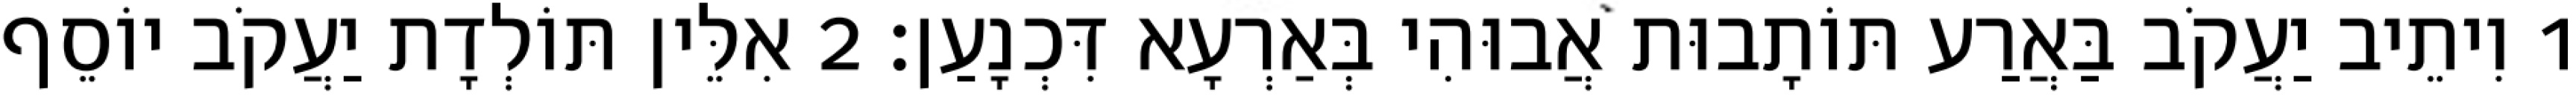
1 וִיתֵיב יַעֲקֹב בַּאֲרַע תּוֹתָבוּת אֲבוּהִי בְּאַרְעָא דִּכְנָעַן׃ 2 אִלֵּין תּוֹלְדָת יַעֲקֹב יוֹסֵף